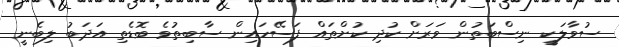
ސުވާލަކީ ނިސްބަތުން ވަރަށް ކުދި ކުށްތައް ފަސޭހައިން ސާބިތުވެ ބޮޑެތި އަދަބު ލިބެނީ